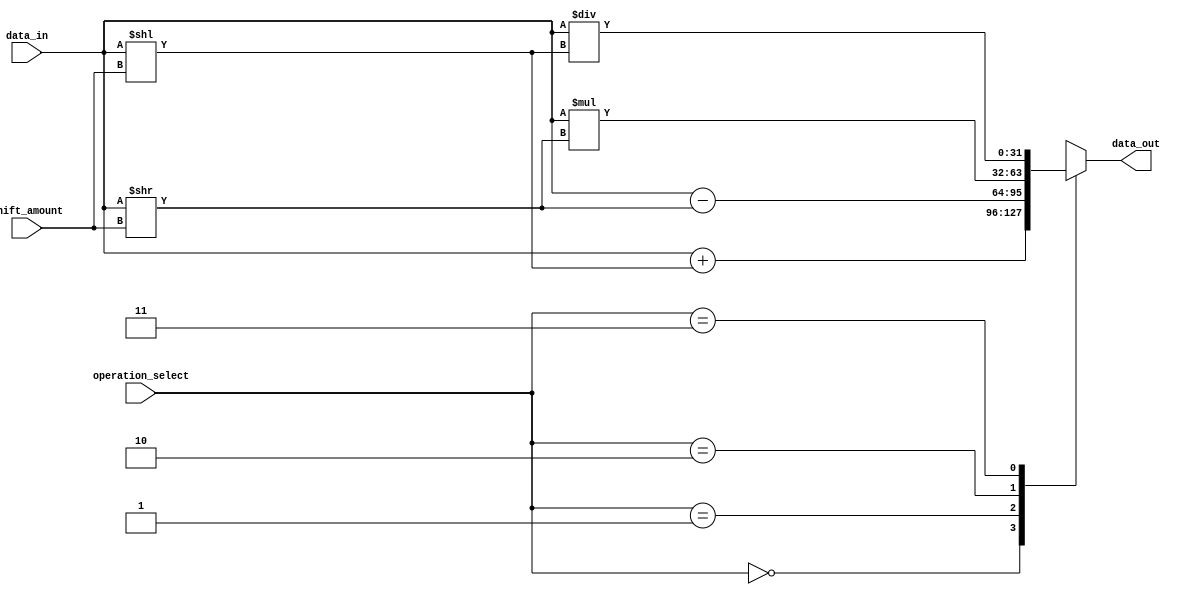
module rotating_barrel_shifter (
    input wire [31:0] data_in,
    input wire [4:0] shift_amount,
    input wire [1:0] operation_select,
    output reg [31:0] data_out
);

always @(*) begin
    case(operation_select)
        2'b00:                // Addition
            data_out = data_in + (data_in << shift_amount);
        2'b01:                // Subtraction
            data_out = data_in - (data_in >> shift_amount);
        2'b10:                // Multiplication
            data_out = data_in * (data_in >> shift_amount);
        2'b11:                // Division
            data_out = data_in / (data_in << shift_amount);
    endcase
end

endmodule